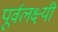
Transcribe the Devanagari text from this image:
पूर्वलक्ष्यी